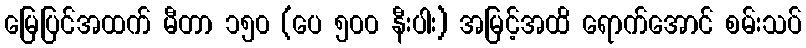
မြေပြင်အထက် မီတာ ၁၅၀ (ပေ ၅၀၀ နီးပါး) အမြင့်အထိ ရောက်အောင် စမ်းသပ်